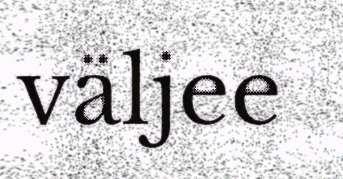
väljee